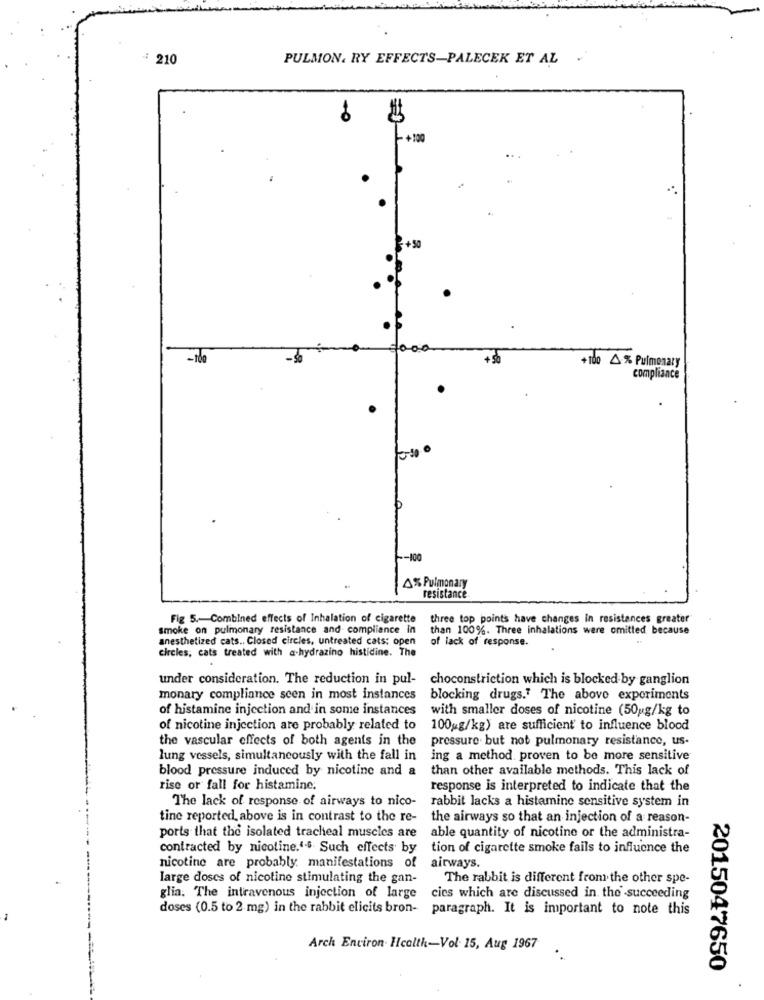
: 210
PULMON. RY EFFECTS-PALECEK ET AL .
=0
-+100
.
2+50
-1de
+100 4 % Pulmonary
compliance
-- 100
4% Pulmonary
resistance
Fig 5 .- Combined effects of Inhalation of cigarette
three top points have changes in resistances greater
smoke on pulmonary resistance and compliance in
than 100%. Three inhalations were omitted because
anesthetized cats .. Closed circles, untreated cats: open
of lack of response.
circles, cats treated with a hydrazino histidine. The
under consideration. The reduction in pul-
choconstriction which is blocked by ganglion
monary compliance seen in most instances
blocking drugs." The above experiments
of histamine injection and in some instances
with smaller doses of nicotine (50 g/kg to
of nicotine injection are probably related to
100gg/kg) are sufficient to influence blood
the vascular effects of both agents in the
pressure but not pulmonary resistance, us-
lung vessels, simultaneously with the fall in
ing a method proven to be more sensitive
blood pressure induced by nicotine and a
than other available methods. This lack of
rise or fall for histamine.
response is interpreted to indicate that the
rabbit lacks a histamine sensitive system in
The lack of response of airways to nico-
tine reported above is in contrast to the re-
the airways so that an injection of a reason-
ports that the isolated tracheal muscles are
able quantity of nicotine or the administra-
contracted by nicotine.4-6 Such effects by
tion of cigarette smoke fails to influence the
nicotine are probably manifestations of
airways.
large doses of nicotine stimulating the gan-
The rabbit is different from the other spe-
glia. The intravenous injection of large
cies which are discussed in the succeeding
doses (0.5 to 2 mg) in the rabbit elicits bron-
paragraph. It is important to note this
Arch Environ Health-Vol. 15, Aug 1967
2015047650